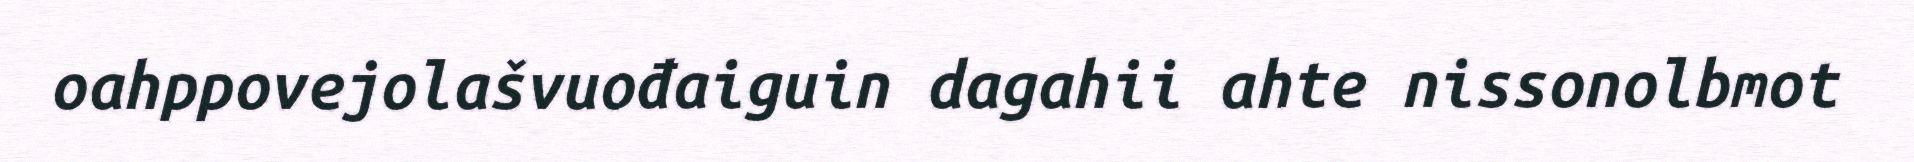
oahppovejolašvuođaiguin dagahii ahte nissonolbmot